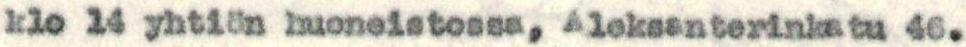
klo 14 yhtiön huoneistossa, Aleksanterinkatu 46.